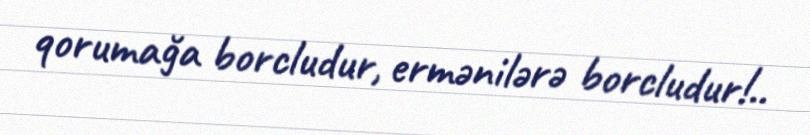
qorumağa borcludur, ermənilərə borcludur!..